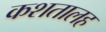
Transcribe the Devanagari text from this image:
कशतालह